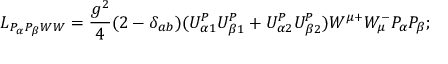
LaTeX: { \cal L } _ { P _ { \alpha } P _ { \beta } W W } = \frac { g ^ { 2 } } { 4 } ( 2 - \delta _ { a b } ) ( U _ { \alpha 1 } ^ { P } U _ { \beta 1 } ^ { P } + U _ { \alpha 2 } ^ { P } U _ { \beta 2 } ^ { P } ) W ^ { \mu + } W _ { \mu } ^ { - } P _ { \alpha } P _ { \beta } ;